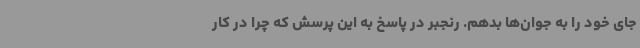
جای خود را به جوان‌ها بدهم. رنجبر در پاسخ به این پرسش که چرا در کار